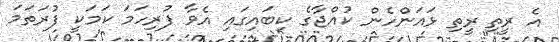
އެ ރީތި ރީތި ޅައަންހެން ކުއްޖާގެ ކިބައިގައި އެވާ ފުރިހަމަ ކަމަކީ ފުރަތަމަ